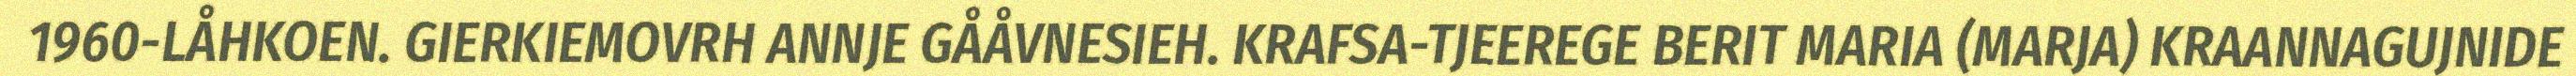
1960-LÅHKOEN. GIERKIEMOVRH ANNJE GÅÅVNESIEH. KRAFSA-TJEEREGE BERIT MARIA (MARJA) KRAANNAGUJNIDE